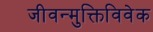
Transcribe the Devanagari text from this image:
जीवन्मुक्तिविवेक